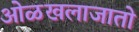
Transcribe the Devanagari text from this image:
ओळखलाजातो